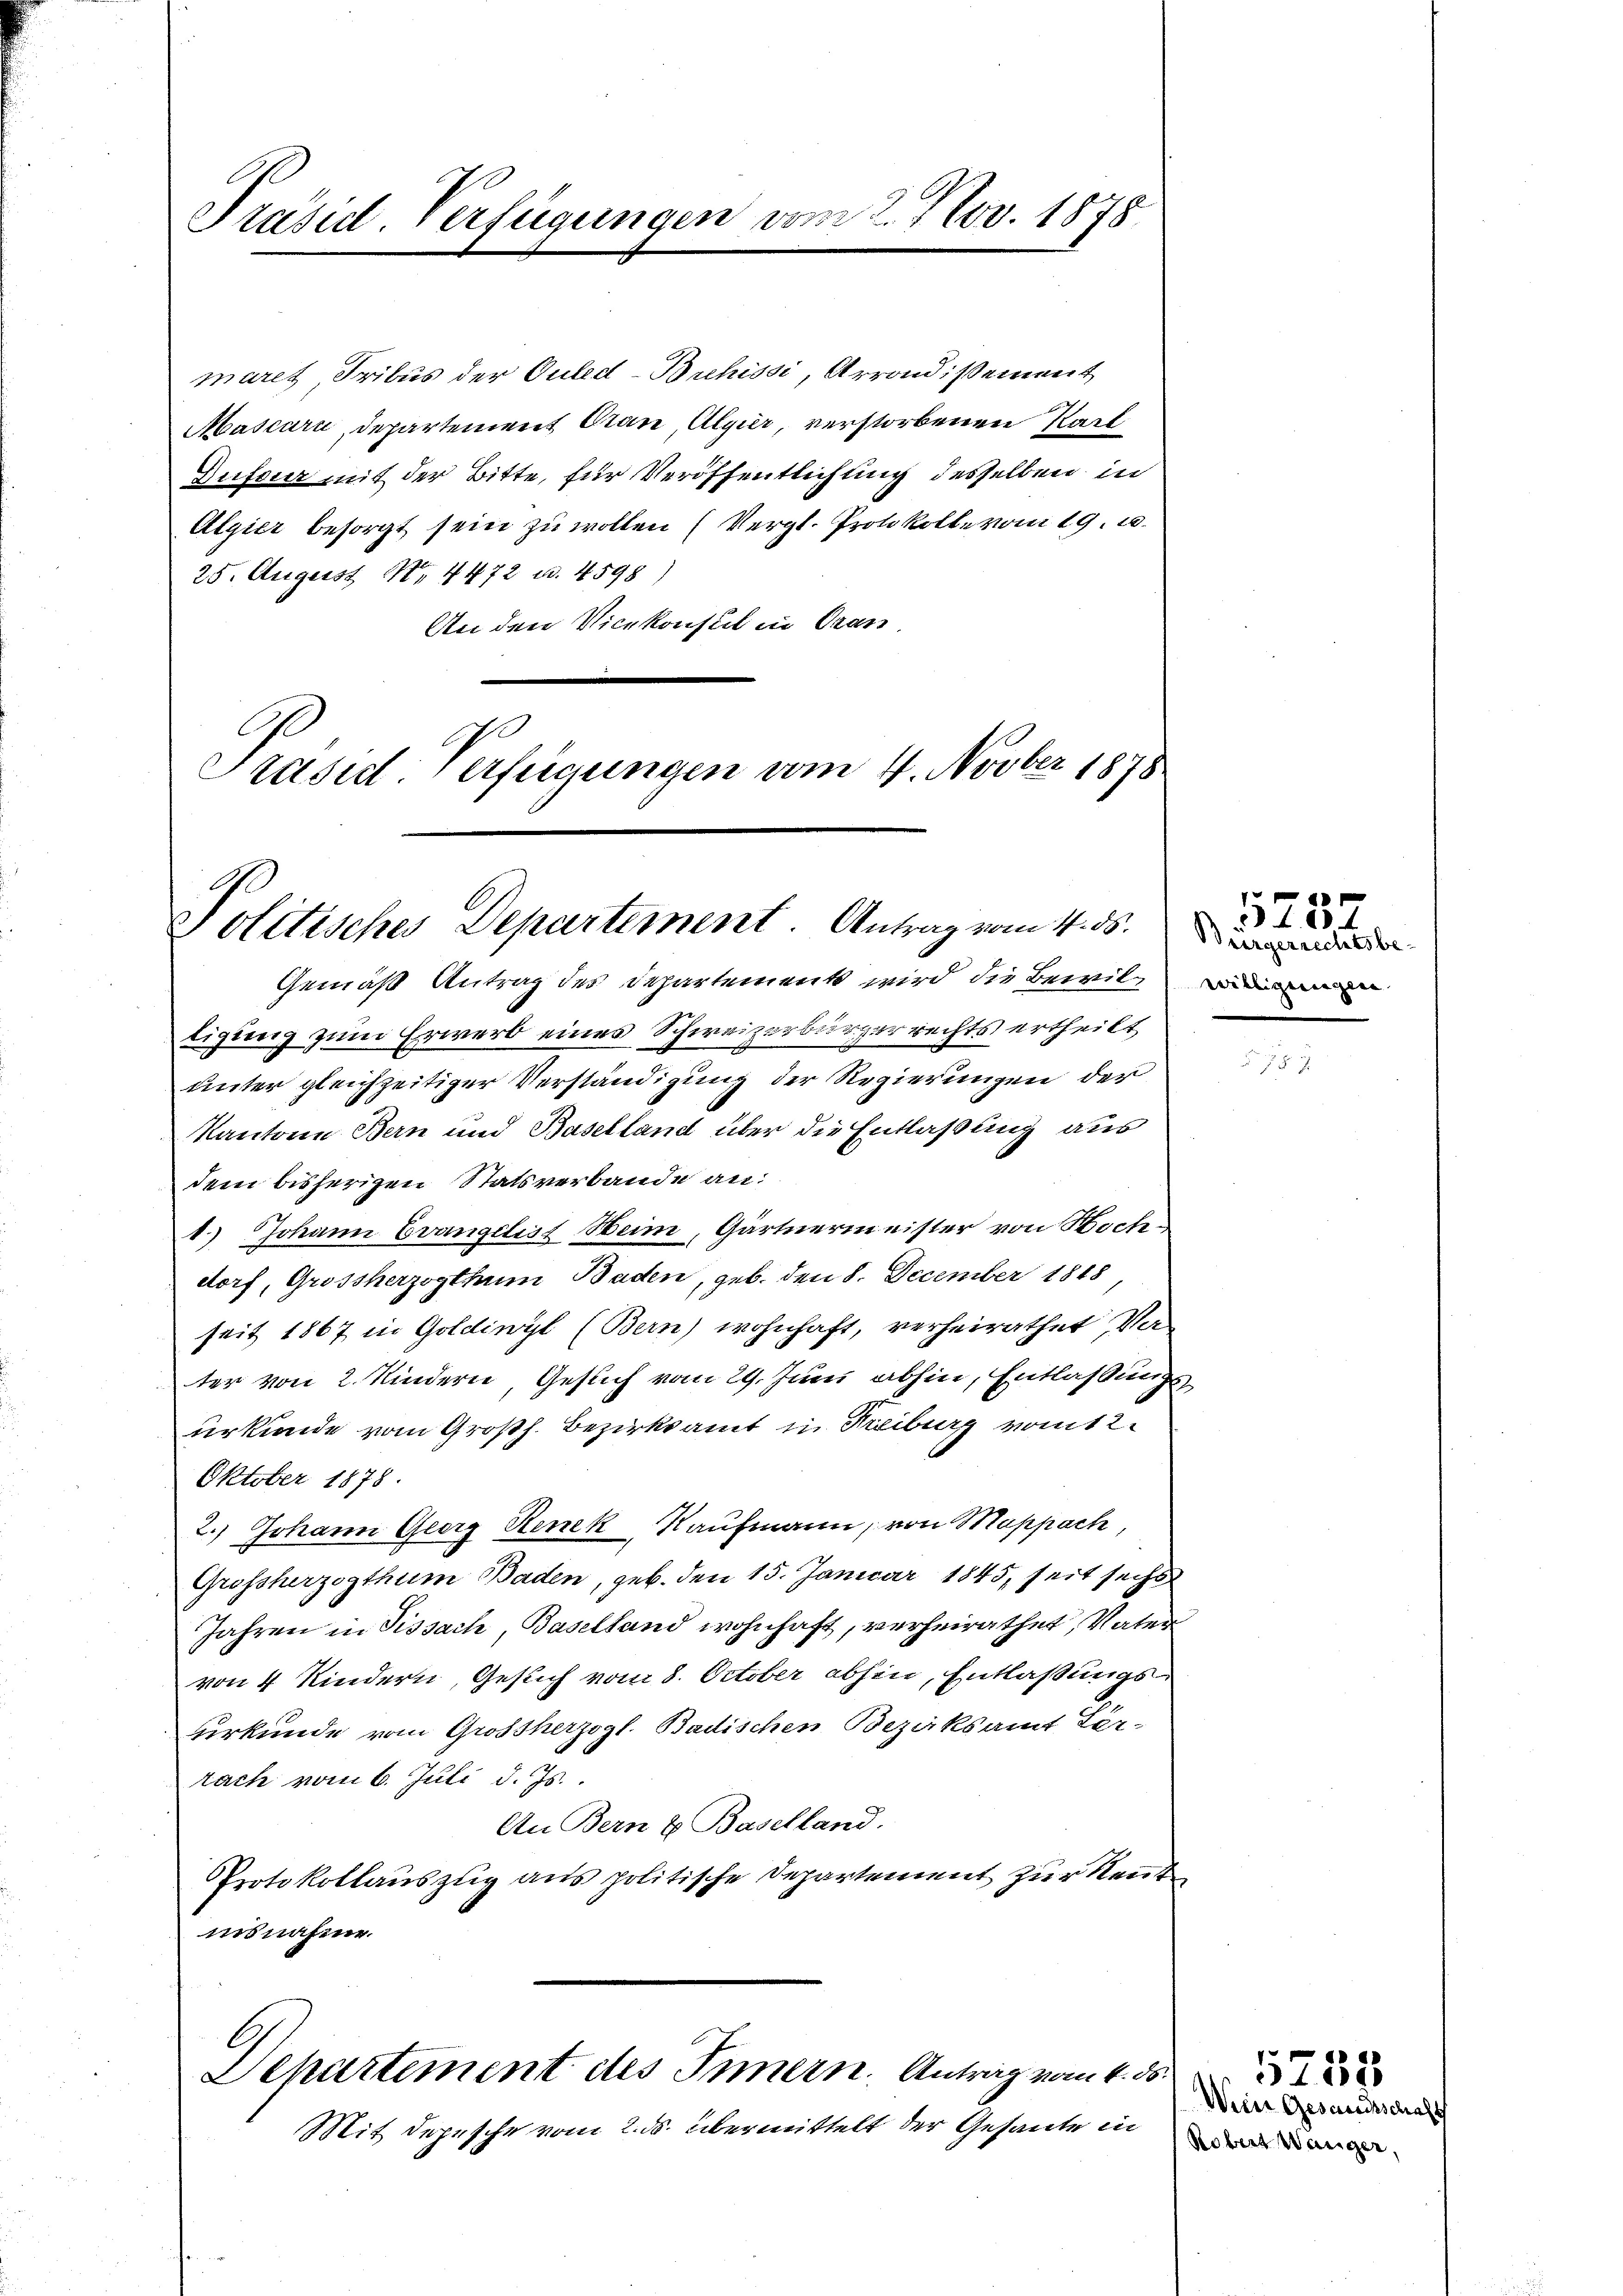
Präsid. Verfügungen vom 2. Nov. 1878

maret Tribus der Guled-Buchissi, Arrondisement
Mascarn, Departement Oran, Algier, verstorbenen Karl
Dufour mit der Bitte, für Veröffentlichung desselben in
Algier besorgt sein zu wollen (Vergl. Protokolle vom 19. d.
25. August 11 4472 u. 4598)
An den Vicekonsul in Gran
Präsid Verfügungen vom 4. Novber 1878

Politisches Departement. Antrag vom 4. ds.

Gemäß Antrag des Departements wird die Bewiltigung zum Erwerb eines Schweizerbürgerrechts ertheilt
unter gleichzeitiger Verständigung der Regierungen der
Kantone Bern und Baselland über die Entlaßung aus
dem bisherigen Statsverbande an:
1.) Johann Evangelist Heim, Gärtnermeister von Hochdorf, Grossherzogthum Baden, geb. den 8. December 1848,
seit 1867 in Goldiwyl (Bern) wohnhaft, verheirathet, Verter von 2 Kindern, Geslich vom 29. Juni abhin, Entlassungs
urkunde vom Großh. Bezirksamt in Kreiburg vom 12.
Oktober 1878.
2.) Johann Georg Renek, Kaufmann, von Mappach
Grossherzogthum Baden, geb. den 15. Januar 1845, seit sechs
Jahren in Tissach, Baselland wohnhaft, verheirathet, Vater
von 4 Kindern, Gesuch vom 8. October abhin, Entlaßungsurkunde vom Grossherzogl. Badischen Bezirksamt Ter-
rach vom 6. Juli d. Js.
An Bern & Baselland.
Protokollauszug aus politische Departement zur Rent
insnahme.

Departement des Innern. Antrag vom 4. ds.

Mit Depesche vom 2. ds. übermittelt der Gesante in

Bürgerrechtsbe-

r
 . 24

Wein Gesandtschaft
Robert Wanger,

«
5758